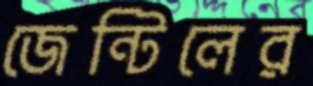
জেন্টিলের